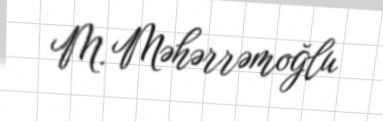
M. Məhərrəmoğlu